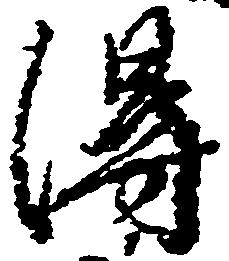
得